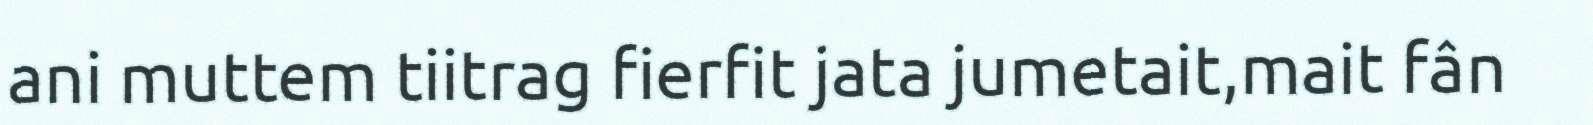
ani muttem tiitrag fierfit jata jumetait,mait fân